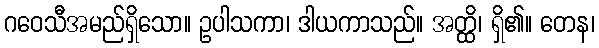
ဂဝေသီအမည်ရှိသော။ ဥပါသကာ၊ ဒါယကာသည်။ အတ္ထိ၊ ရှိ၏။ တေန၊